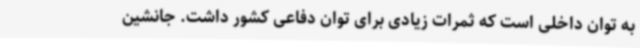
به توان داخلی است که ثمرات زیادی برای توان دفاعی کشور داشت. جانشین